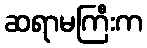
ဆရာမကြီးက